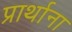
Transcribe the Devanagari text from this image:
प्रार्थाना